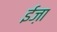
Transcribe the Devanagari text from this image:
ईज़ा